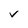
Character: V